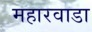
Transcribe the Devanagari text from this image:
महारवाडा